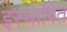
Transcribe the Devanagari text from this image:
इस्थापित